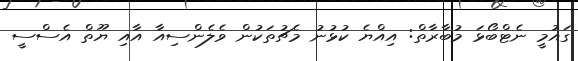
ގައުމީ ނެޓްބޯޅަ މުބާރާތް: އިއްޔެ ކުޅުނު މެޗުތަކުން ވެލެންސިއާ އާއި ޔޫތް އެސްސީ